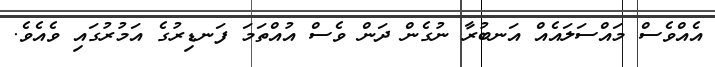
އެއްވެސް މައްސަލައެއް އަނބުރާ ނުގެން ދަން ވެސް އުއްތަމަ ފަނޑިރުގެ އަމުރުގައި ވެއެވެ.